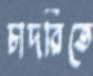
চাদরিতে